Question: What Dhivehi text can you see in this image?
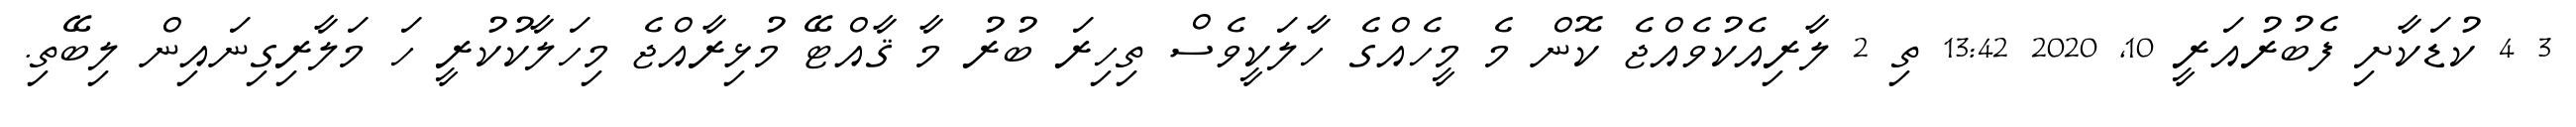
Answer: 3 4 ކުޑަކާށި ފެބުރުއަރީ 10, 2020 13:42 ތި 2 ލާރިއެކުވެއްޖެ ކޮން މެ މީހެއްގެ ހާލަކީވެސް ތިހިރަ ބުރު މާ ޤާއްޓޭ މުޅިރާއްޖެ މިހަލާކުކުރީ ހަ މަލާރިގިނައިން ލިބޭތި.